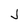
Character: J